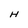
Character: H